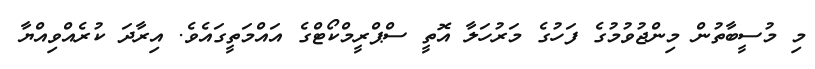
މި މުސީބާތުން މިންޖުވުމުގެ ފަހުގެ މަރުހަލާ އޮތީ ސްޕްރީމްކޯޓްގެ އައްމަތީގައެވެ. އިރާދަ ކުރެއްވިއްޔާ